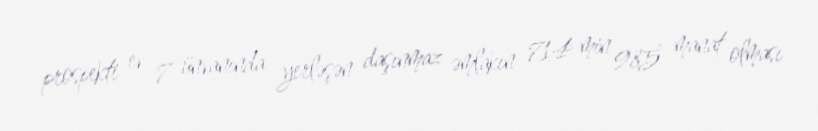
prospekti ev 7 ünvanında yerləşən daşınmaz əmlakın 714 min 985 manat olması